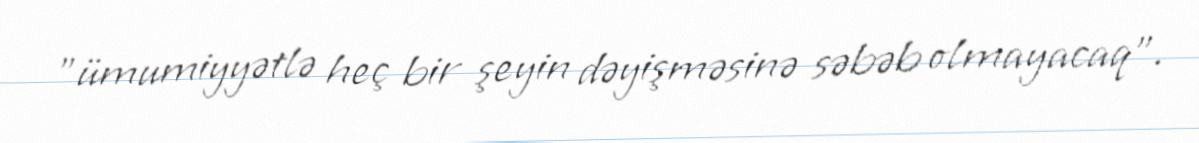
"ümumiyyətlə heç bir şeyin dəyişməsinə səbəb olmayacaq".